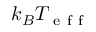
k _ { B } T _ { \mathrm { ~ e ~ f ~ f ~ } }